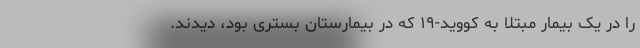
را در یک بیمار مبتلا به کووید-۱۹ که در بیمارستان بستری بود، دیدند.